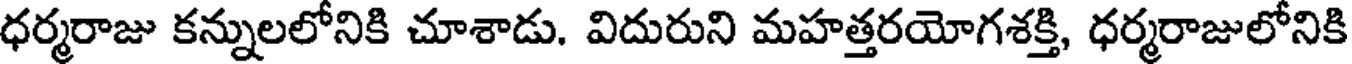
ధర్మరాజు కన్నులలోనికి చూశాడు. విదురుని మహత్తరయోగశక్తి, ధర్మరాజులోనికి